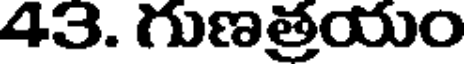
43. గుణత్రయం